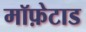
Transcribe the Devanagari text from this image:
मॉफ़ेटाड